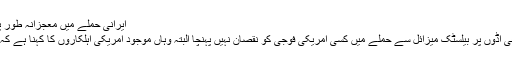
ایرانی حملے میں معجزانہ طور پر محفوظ رہے: امریکی فوجیوں کا بیان : چوتھی دنیا :
ایران کے آٹھ جنوری کو عراق میں امریکہ کے دو فوجی اڈوں پر بیلسٹک میزائل سے حملے میں کسی امریکی فوجی کو نقصان نہیں پہنچا البتہ وہاں موجود امریکی اہلکاروں کا کہنا ہے کہ وہ معجزانہ طور پر اس حملے میں محفوظ رہے تھے۔